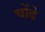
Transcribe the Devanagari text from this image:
चोंढे